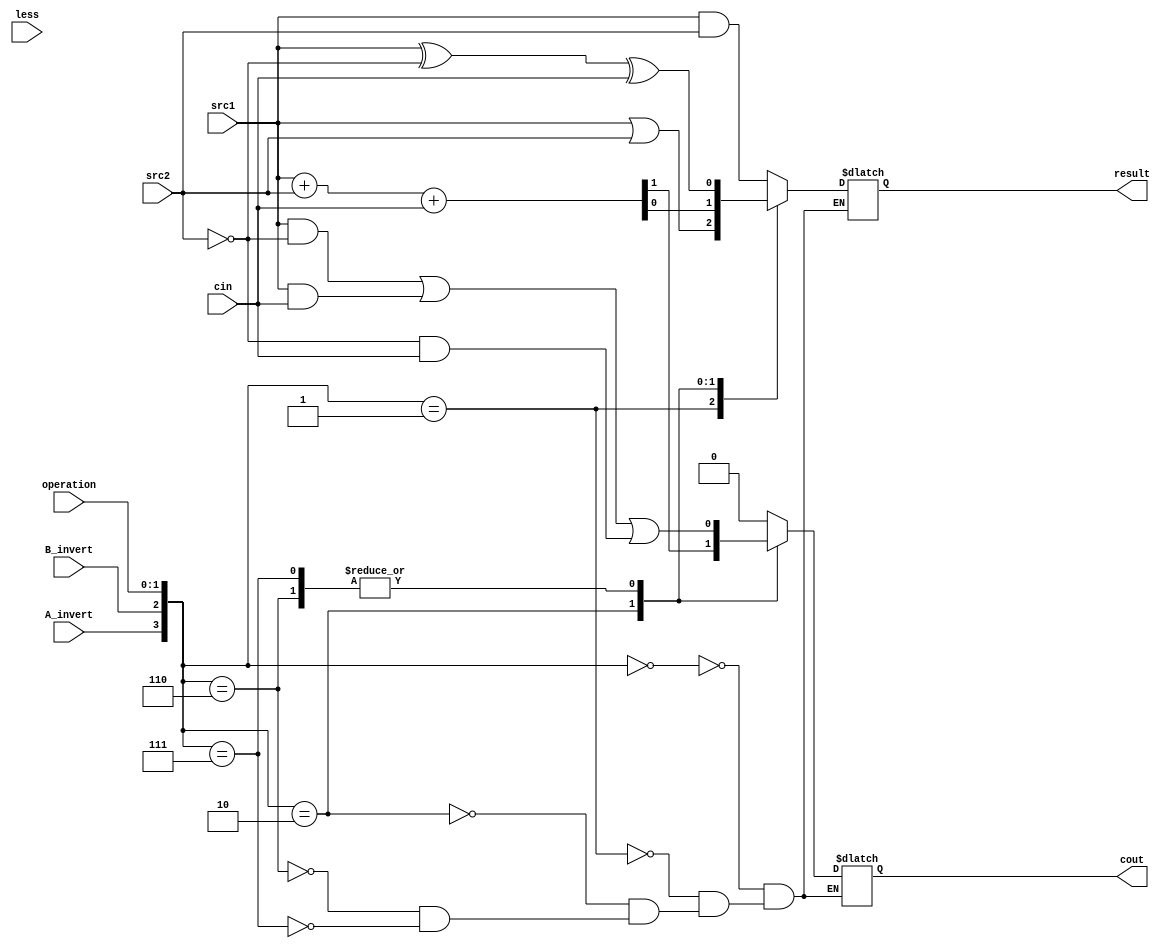
`timescale 1ns/1ps

//////////////////////////////////////////////////////////////////////////////////
// 109550087
//////////////////////////////////////////////////////////////////////////////////

module alu_top(
               src1,       //1 bit source 1 (input)
               src2,       //1 bit source 2 (input)
               less,       //1 bit less     (input)
               A_invert,   //1 bit A_invert (input)
               B_invert,   //1 bit B_invert (input)
               cin,        //1 bit carry in (input)
               operation,  //operation      (input)
               result,     //1 bit result   (output)
               cout,       //1 bit carry out(output)
               );

input         src1;
input         src2;
input         less;
input         A_invert;
input         B_invert;
input         cin;
input [2-1:0] operation;

output        result;
output        cout;

reg           result;
reg           cout;

// 0000 and
// 0001 or
// 0010 add
// 0110 sub
// 0111 slt
always@(*)
begin
    case({A_invert, B_invert, operation})
    4'b0000:
    begin
        result = src1 & src2;
        cout = 1'b0;
     end
     4'b0001:
     begin
        result = src1 | src2;
        cout = 1'b0;
     end
     4'b0010:
     begin
        {cout, result} = src1 + src2 + cin;
     end
     4'b0110:
     begin
        cout = (src1 & ~src2) | (src1 & cin) | (~src2 & cin);
		result = src1 ^ ~src2 ^ cin;
     end
     4'b0111:
     begin
        cout = (src1 & ~src2) | (src1 & cin) | (~src2 & cin);
		result = src1 ^ ~src2 ^ cin;
     end
     endcase
end

endmodule